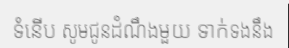
ទំនើប សូមជូនដំណឹងមួយ ទាក់ទងនឹង